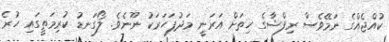
ކުއްޖެއްގެ ނަމޭވެސް ރިފްޝާގެ ހިތަށް އަރަނީ މަދުފަހަރަކު ނޫނެވެ. ލޯގަނޑު ކުރިމަތީގައި ހުރެ